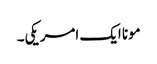
مونا ایک امریکی۔